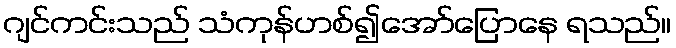
ဂျင်ကင်းသည် သံကုန်ဟစ်၍အော်ပြောနေ ရသည်။